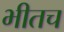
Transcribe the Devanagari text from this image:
भीतच